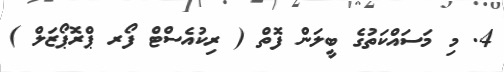
4. މި މަސައްކަތުގެ ބީލަން ފޮތް ( ރިކުއެސްޓް ފޯރ ޕްރޮޕޯޒަލް )